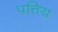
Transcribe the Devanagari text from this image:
पत्तिय